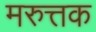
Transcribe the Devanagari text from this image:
मरुत्तक